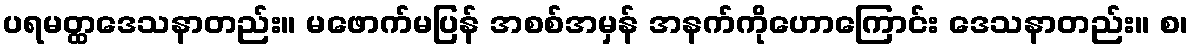
ပရမတ္ထဒေသနာတည်း။ မဖောက်မပြန် အစစ်အမှန် အနက်ကိုဟောကြောင်း ဒေသနာတည်း။ စ၊